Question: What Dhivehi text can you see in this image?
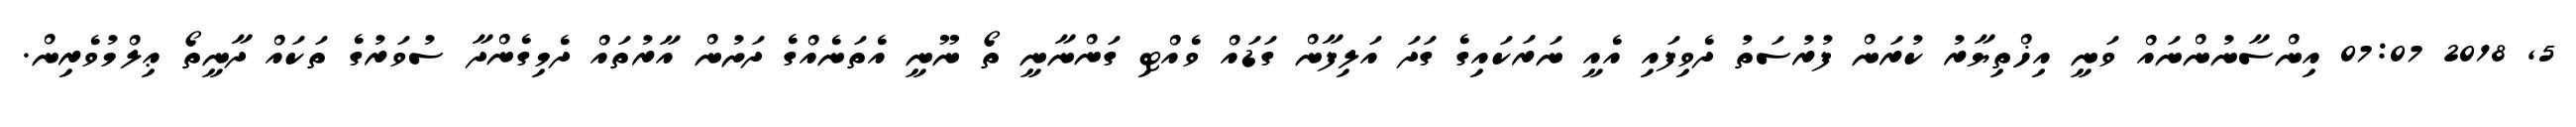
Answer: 5, 2018 07:07 އިންސާނުންނައް ވަނީ އިޚްތިޔާރު ކުރަން ފުރުސަތު ދެވިފައި އެއީ ނަރަކައިގެ ގަދަ އަލިފާން ގަޑައް ވެއްޓި ގަންނާނީ ތޯ ނޫނީ އެތަނެއްގެ ދަށުން އާރުތައް ދެމިގެންދާ ސުވަރުގެ ތަކައް ދާނީތޯ ޢިލްމުވެރިން.